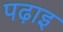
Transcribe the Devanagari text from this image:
पढ़ाइ